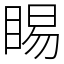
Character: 睗